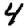
Digit: 4